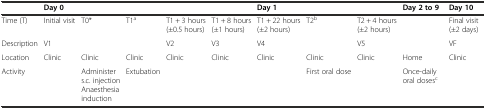
<table><thead><tr><td>[EMPTY_CELL]</td><td colspan="5"><b>Day 0</b></td><td colspan="3"><b>Day 1</b></td><td><b>Day 2 to 9</b></td><td><b>Day 10</b></td></tr></thead><tbody><tr><td>Time (T)</td><td>Initial visit</td><td>T0*</td><td>T1<sup>a</sup></td><td>T1 + 3 hours (±0.5 hours)</td><td>T1 + 8 hours (±1 hours)</td><td>T1 + 22 hours (±2 hours)</td><td>T2<sup>b</sup></td><td>T2 + 4 hours (±2 hours)</td><td>[EMPTY_CELL]</td><td>Final visit (±2 days)</td></tr><tr><td>Description</td><td>V1</td><td>[EMPTY_CELL]</td><td>[EMPTY_CELL]</td><td>V2</td><td>V3</td><td>V4</td><td>[EMPTY_CELL]</td><td>V5</td><td>[EMPTY_CELL]</td><td>VF</td></tr><tr><td>Location</td><td>Clinic</td><td>Clinic</td><td>Clinic</td><td>Clinic</td><td>Clinic</td><td>Clinic</td><td>Clinic</td><td>Clinic</td><td>Home</td><td>Clinic</td></tr><tr><td>Activity</td><td>[EMPTY_CELL]</td><td>Administer s.c. injection Anaesthesia induction</td><td>Extubation</td><td>[EMPTY_CELL]</td><td>[EMPTY_CELL]</td><td>[EMPTY_CELL]</td><td>First oral dose</td><td>[EMPTY_CELL]</td><td>Once-daily oral doses<sup>c</sup></td><td>[EMPTY_CELL]</td></tr></tbody></table>